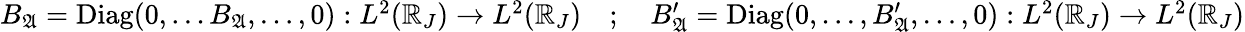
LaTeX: \begin{array}{r}{B_{\mathfrak{A}}=\mathrm{Diag}(0,\dots B_{\mathfrak{A}},\dots,0):L^{2}(\mathbb{R}_{J})\to L^{2}(\mathbb{R}_{J})\quad;\quad B_{\mathfrak{A}}^{\prime}=\mathrm{Diag}(0,\dots,B_{\mathfrak{A}}^{\prime},\dots,0):L^{2}(\mathbb{R}_{J})\to L^{2}(\mathbb{R}_{J})}\end{array}